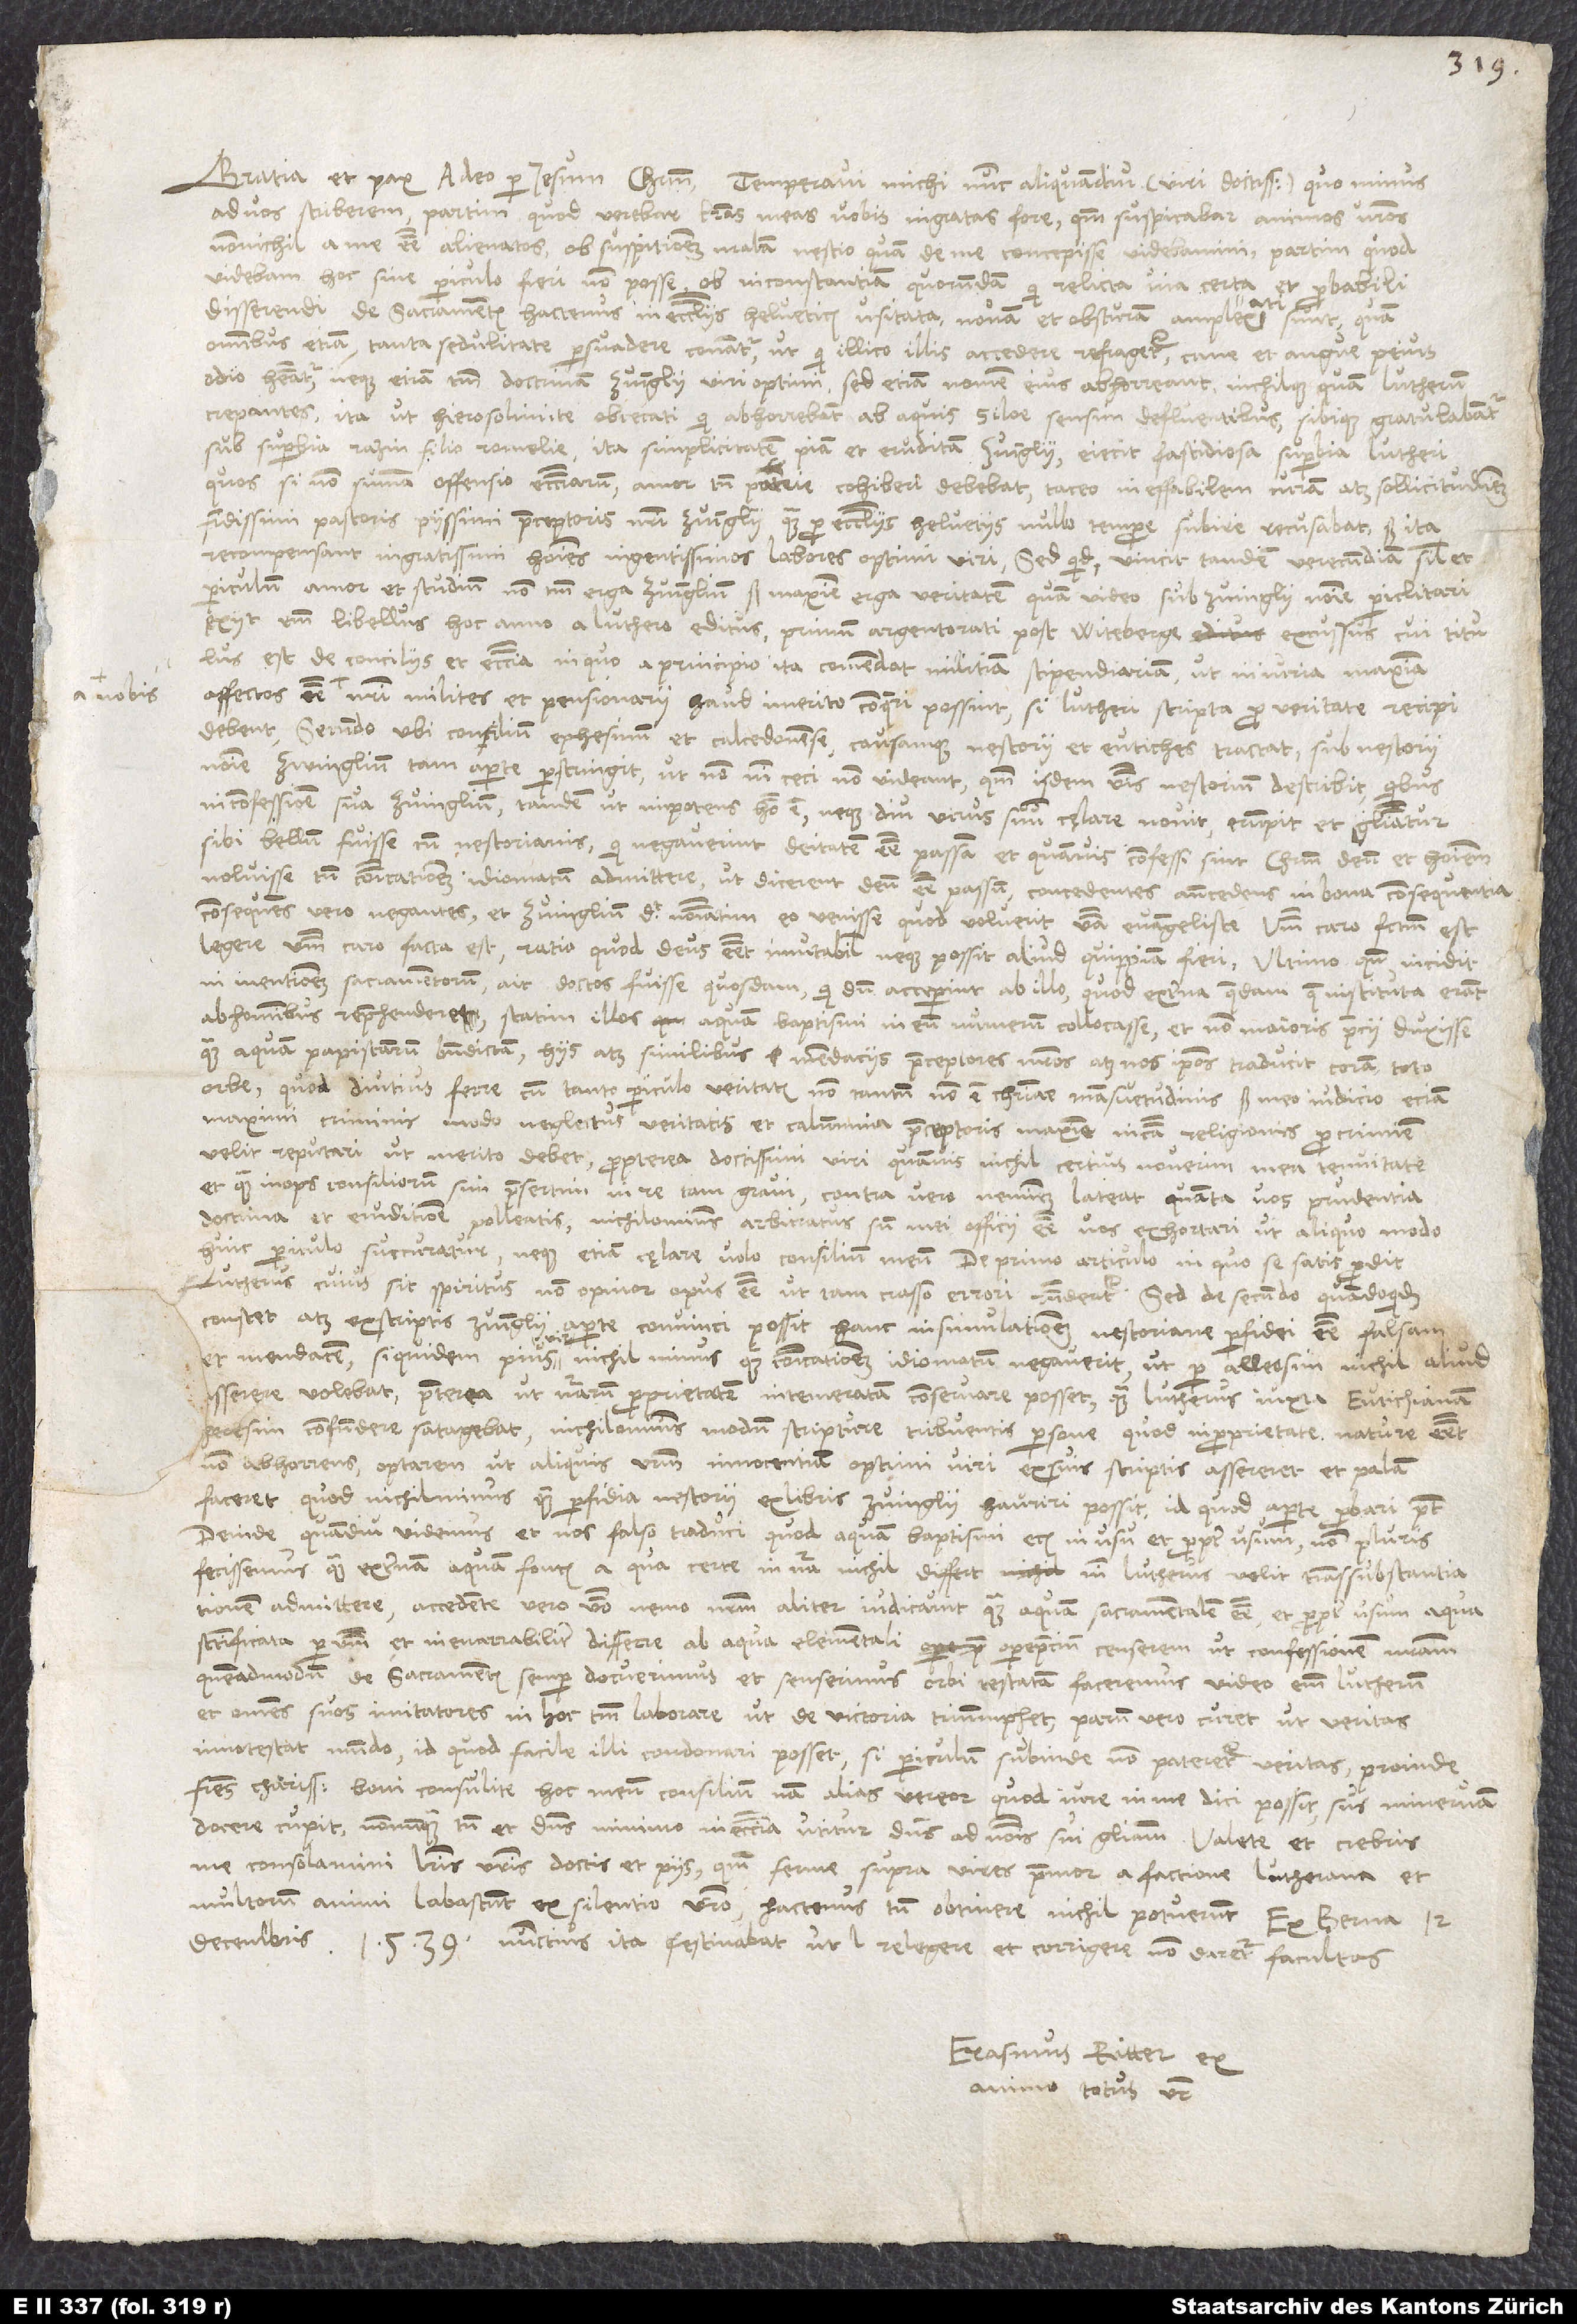
Gratia et pax a deo per Iesum Christum. Temperavi michi nunc aliquamdiu (viri doctissimi), quo minus
ad vos scriberem, partim, quod verebar literas meas vobis ingratas fore, quoniam suspicabar animos vestros
Quos si non summa offensio ecclesiarum, amor tamen patrie cohibere debebat, taceo ineffabilem curam et sollicitudinem
fidissimi pastoris, piissimi praeceptoris nostri Zvinglii, quam pro ecclesiis Helvetiis nullo tempore subire recusabat. Sed ita
recompensant ingratissimi homines ingentissimos labores optimi viri. Sed quid; vincit tandem verecundiam simul et
periculum amor et studium non tantum erga Zvinglium, sed maxime erga veritatem, quam video sub Zvinglii nomine periclitari.
Exiit enim libellus hoc anno a Luthero editus, primum Argentorati, post Witeberge excussus, cui titulus
est De conciliis et ecclesia, in quo a principio ita commendat militiam stipendiariam, ut iniuria maxima
affectos esse a nobis nostri milites et pensionarii haud immerito conqueri possint, si Lutheri scripta pro veritate recipi
caro facta est“, ratio, quod deus esset immutabilis neque posset aliud quippiam fieri. Ultimo, quum incidit
in mentionem sacramentorum, ait doctos fuisse quosdam, qui, dum acceperint ab illo, quod externa quaedam, quae instituta erant
ab hominibus, reprehenderet, statim illos aquam baptismi in eum numerum collocasse et non maioris precii duxisse
quam aquam papistarum benedictam. Hiis atque similibus mendaciis praeceptores nostros atque nos ipsos traducit coram toto
orbe, quod diutius ferre cum tanto periculo veritatis non tantum non est christiane mansuetudinis, sed meo iudicio eciam
maximi criminis, modo neglectus veritatis et calumnia praeceptoris, maxime in causa religionis, pro crimine
velit reputari, ut merito debet. Propterea, doctissimi viri, quamvis nichil certius noverim mea tenuitate
et quam inops consiliorum sim, praesertim in re tam gravi, contra vero neminem lateat, quanta vos prudentia,
doctrina et eruditione polleatis, nichilominus arbitratus sum mei officii esse vos exhortari, ut aliquo modo
huic periculo succuratur, neque etiam cęlare volo consilium meum. De primo articulo, in quo se satis prodit
Lutherus, cuius sit spiritus, non opinor opus esse, ut tam crasso errori respondeatur. Sed de secundo, quandoquidem
constet atque ex scriptis Zvinglii aperte convinci possit hanc insimulationem Nestoriane perfidei esse falsam
et mendacem, siquidem pius vir nichil minus quam communicationem idiomatum negaverit, ut per alleosim nichil aliud
sserere volebat, praeterea ut naturarum proprietatem intemeratam conservare posset, quam Lutherus iuxta Eutichianam
heresim confundere satagebat, nichilominus modum scripture tribuentis persone, quod in proprietate nature esset,
non abhorrens, optarem, ut aliquis vestrum innocentiam optimi viri ex suis scriptis assereret et palam
faceret, quod nichil minus quam perfidia Nestorii ex libris Zvinglii hauriri possit, id quod aperte probare potest.
Deinde, quamdiu videmus et nos falso traduci, quod aquam baptismi eciam in usu et propter usum non pluris
fecissemus quam externam aquam fontis, a qua certe in natura nichil differt, nisi Lutherus velit transsubstantiationem
admittere, accedente vero verbo nemo nostrum aliter iudicavit quam aquam sacramentalem esse et propter usum aqua
sanctificata per verbum et inenarrabiliter differre ab aqua elementali, opereprecium censerem, ut confessionem nostram,
quemadmodum de sacramentis semper docuerimus et senserimus, orbi testatam faceremus; video enim Lutherum
et omnes suos imitatores in hoc tantum laborare, ut de victoria triumphet, parum vero curet, ut veritas
innotescat mundo. Id quod facile illi condonari posset, si periculum inde non pateretur veritas. Proinde,
fratres charissimi, boni consulite hoc meum consilium; nam alias vereor, quod iure in me dici possit: „Sus Minervam
docere cupit.“ Nonnunquam tamen et dominus minimo in ecclesia utitur ad nominis sui gloriam. Valete et crebris
me consolamini literis vestris doctis et piis, quoniam ferme supra vires premor a factione Lutherana et
multorum animi labascunt ex silentio vestro; hactenus tamen obtinere nichil potuerunt. Ex Berna,
decembris 1539. Nunctius ita festinabat, ut relegere et corrigere non daretur facultas.
Erasmus Ritter, ex
animo totus vester.